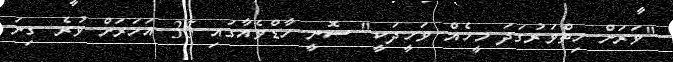
"ވަރަށް ހިތްވަރުގަދަ މީހެއް ވަހީދަކީ" ސޮނީ ހާޑްވެއާގައި 35 އަހަރަށް ވުރެ ގިނަ